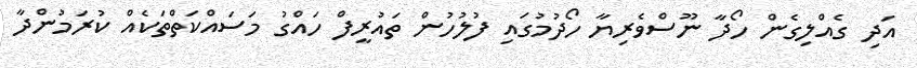
އަދި ގެއްލިގެން ހޯދާ ނޫސްވެރިޔާ ހޯދުމުގައި ފުލުހުން ތައުރީފް ހައްގު މަސައްކަތްތަކެއް ކުރަމުންދާ